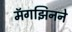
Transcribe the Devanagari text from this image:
मॅगझिनने